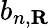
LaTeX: b_{n,\mathbf{R}}